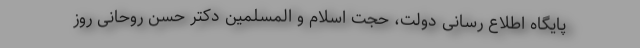
پایگاه اطلاع رسانی دولت، حجت اسلام و المسلمین دکتر حسن روحانی روز